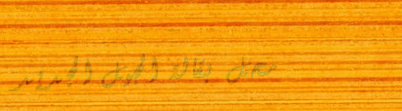
محل بقالة الجيل الجديد